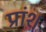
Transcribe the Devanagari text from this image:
प्रांश